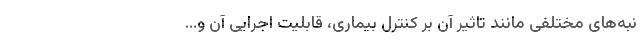
نبه‌های مختلفی مانند تاثیر آن بر کنترل بیماری، قابلیت اجرایی آن و...